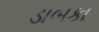
ડાબકા